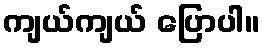
ကျယ်ကျယ် ပြောပါ။